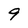
Character: 9